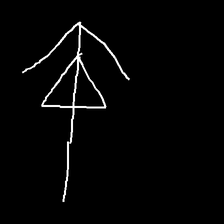
Glyph: pull